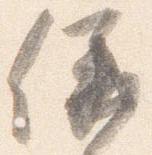
儀